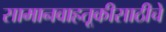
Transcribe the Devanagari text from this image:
सामानवाहतूकीसाठीचे